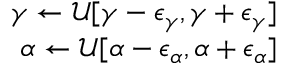
\begin{array} { r } { \gamma \leftarrow \mathcal { U } [ \gamma - \epsilon _ { \gamma } , \gamma + \epsilon _ { \gamma } ] } \\ { \alpha \leftarrow \mathcal { U } [ \alpha - \epsilon _ { \alpha } , \alpha + \epsilon _ { \alpha } ] } \end{array}